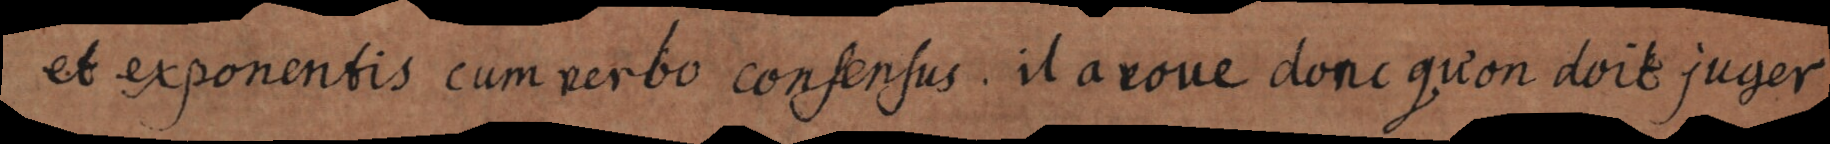
et exponentis cum verbo consensus. Il avoue donc qu’on doit juger